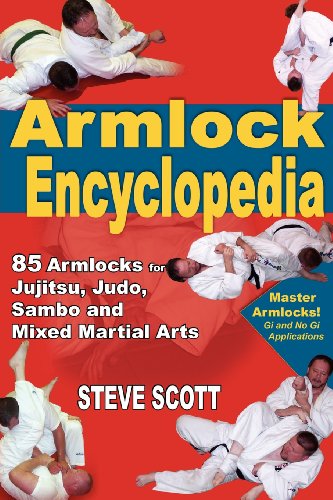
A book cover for Armlock Encyclopedia: 85 Armlocks for Jujitsu, Judo, Sambo & Mixed Martial Arts; Steve Scott; Sports & Outdoors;